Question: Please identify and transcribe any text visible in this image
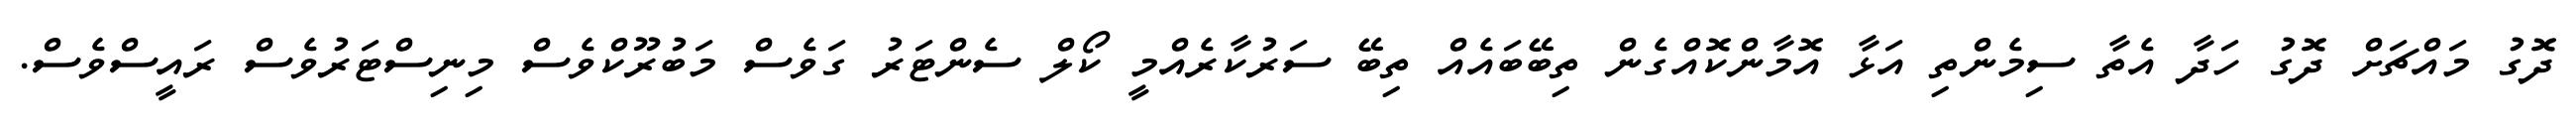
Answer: ދޮގު މައްޗަށް ދޮގު ހަދާ އެތާ ސިމެންތި އަޅާ އޮމާންކޮއްގެން ތިބޭބައެއް ތިބޭ ސަރުކާރެއްމީ ކޯލް ސެންޓަރު ގަވެސް މަބުރޫކްވެސް މިނިސްޓަރުވެސް ރައީސްވެސް.